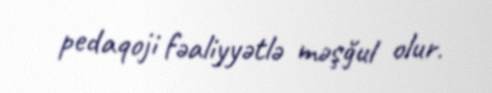
pedaqoji fəaliyyətlə məşğul olur.